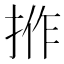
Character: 𢭢